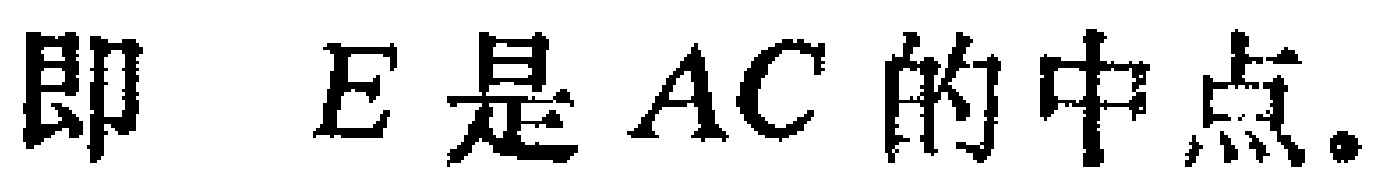
即 \(E\)是 \(AC\)的中点。